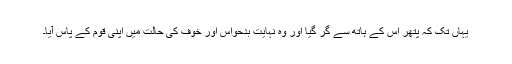
یہاں تک کہ پتھر اس کے ہاتھ سے گر گیا اور وہ نہایت بدحواس اور خوف کی حالت میں اپنی قوم کے پاس آیا۔